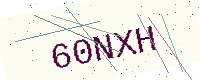
Text: 60NXH